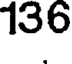
136